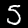
Digit: 3